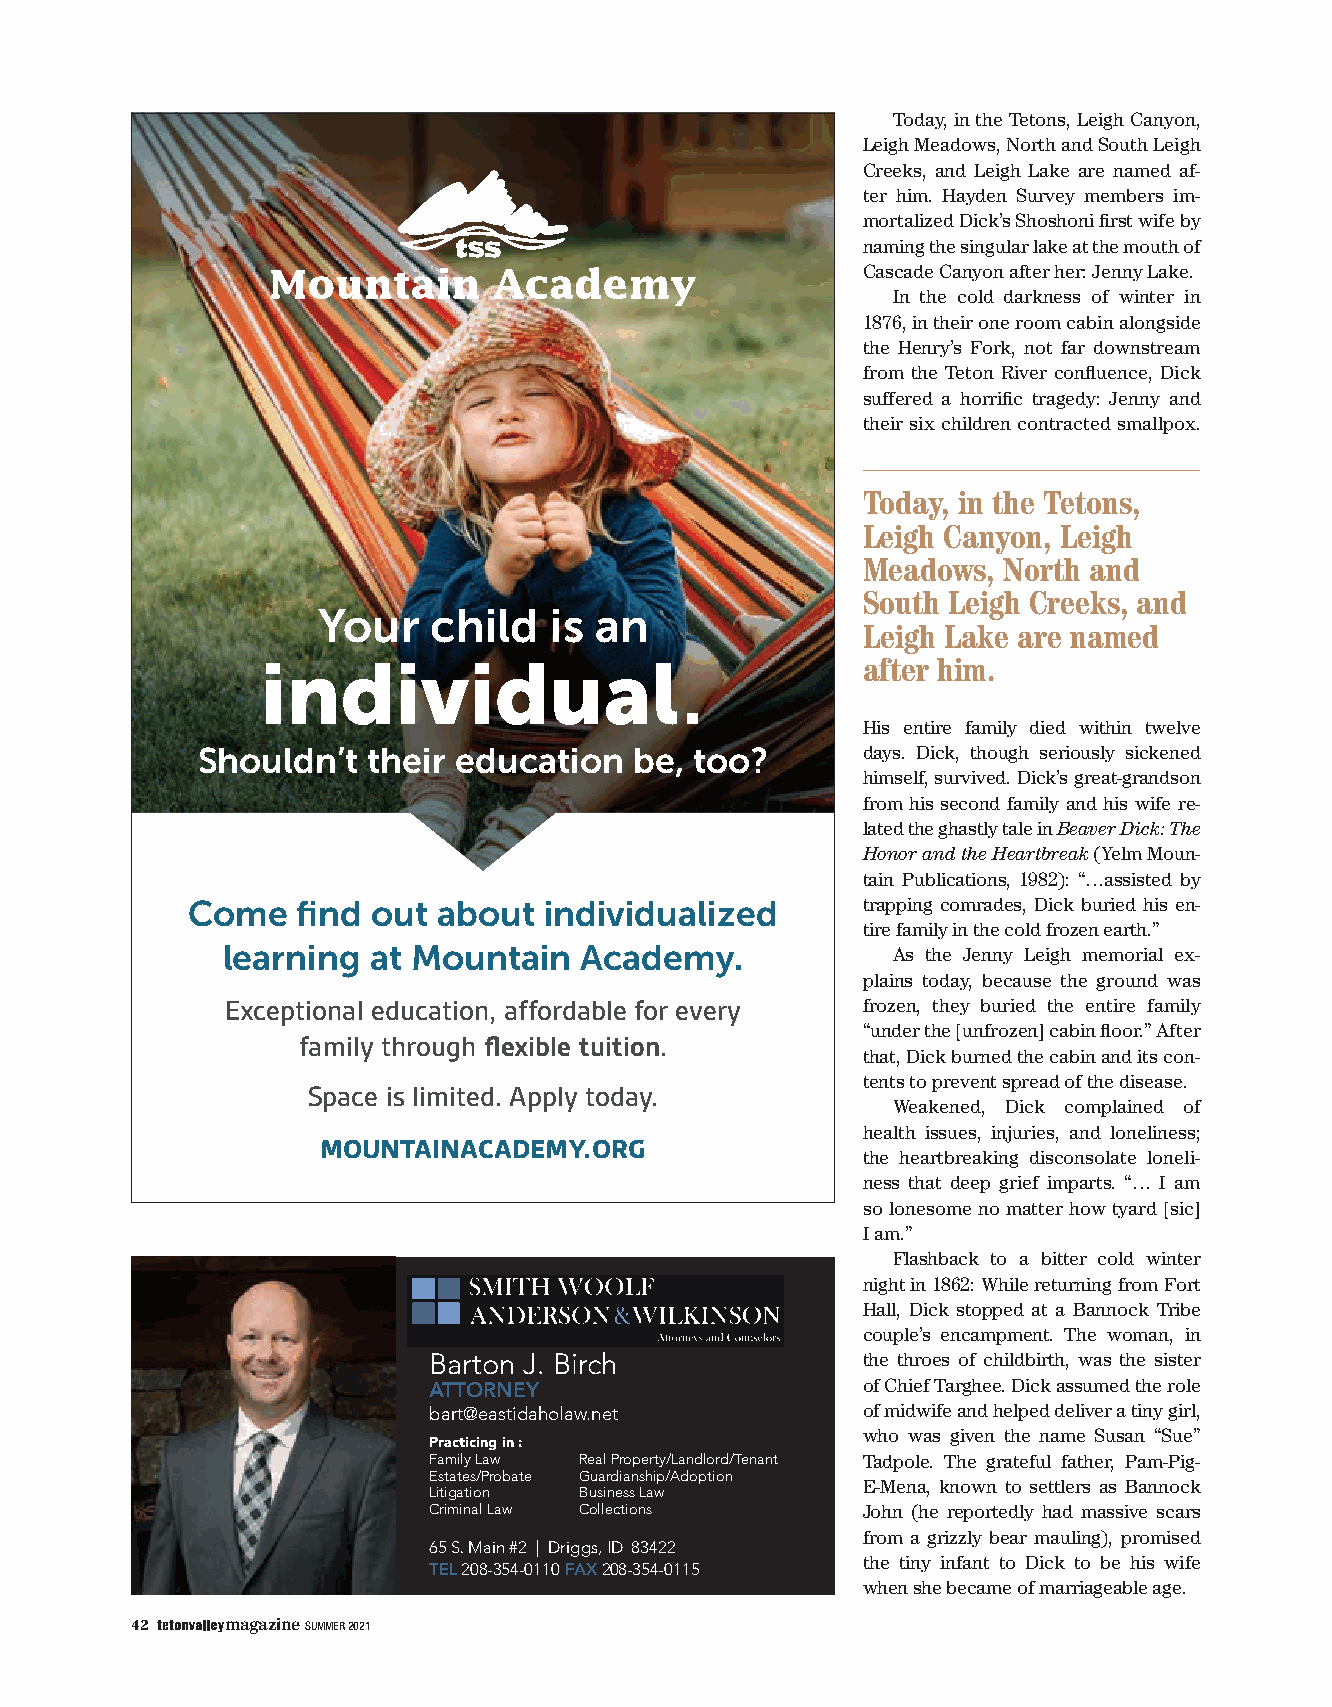
Today, in the Tetons, Leigh Canyon,
 Leigh Meadows, North and South Leigh
 Creeks, and Leigh Lake are named af-
 ter him. Hayden Survey members im-
 mortalized Dick’s Shoshoni first wife by
 naming the singular lake at the mouth of
 Cascade Canyon after her: Jenny Lake.
 In the cold darkness of winter in
 1876, in their one room cabin alongside
 the Henry’s Fork, not far downstream
 from the Teton River confluence, Dick
 suffered a horrific tragedy: Jenny and
 their six children contracted smallpox.
 Today, in the Tetons,
 Leigh Canyon, Leigh
 Meadows, North and
 South Leigh Creeks, and
 Your   child   is an
 Leigh Lake are named
 .
 individual                              after him.
 His entire family died within twelve
 Shouldn’t  their education   be, too?       days. Dick, though seriously sickened
 himself, survived. Dick’s great-grandson
 from his second family and his wife re-
 lated the ghastly tale in Beaver Dick: The
 Honor and the Heartbreak (Yelm Moun-
 tain Publications, 1982): “…assisted by
 Come    find out about  individualized       trapping comrades, Dick buried his en-
 tire family in the cold frozen earth.”
 learning at Mountain   Academy.             As the Jenny Leigh memorial ex-
 plains today, because the ground was
 Exceptional education, affordable for every frozen, they buried the entire family
 “under the [unfrozen] cabin floor.” After
 family through flexible tuition.
 that, Dick burned the cabin and its con-
 tents to prevent spread of the disease.
 Space is limited. Apply today.
 Weakened, Dick complained of
 health issues, injuries, and loneliness;
 mountainacademy.org
 the heartbreaking disconsolate loneli-
 ness that deep grief imparts. “… I am
 so lonesome no matter how tyard [sic]
 I am.”
 Flashback to a bitter cold winter
 night in 1862: While returning from Fort
 Hall, Dick stopped at a Bannock Tribe
 couple’s encampment. The woman, in
 Barton J. Birch              the throes of childbirth, was the sister
 of Chief Targhee. Dick assumed the role
 ATTORNEY
 bart@eastidaholaw.net        of midwife and helped deliver a tiny girl,
 who was given the name Susan “Sue”
 Practicing in :
 Family Law Real Property/Landlord/Tenant Tadpole. The grateful father, Pam-Pig-
 Estates/Probate Guardianship/Adoption
 E-Mena, known to settlers as Bannock
 Litigation Business Law
 Criminal Law Collections     John (he reportedly had massive scars
 from a grizzly bear mauling), promised
 65 S. Main #2 | Driggs, ID 83422
 the tiny infant to Dick to be his wife
 TEL 208-354-0110 FAX 208-354-0115
 when she became of marriageable age.
 42    magazine SUMMER 2021